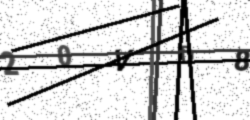
Text: 20VD8